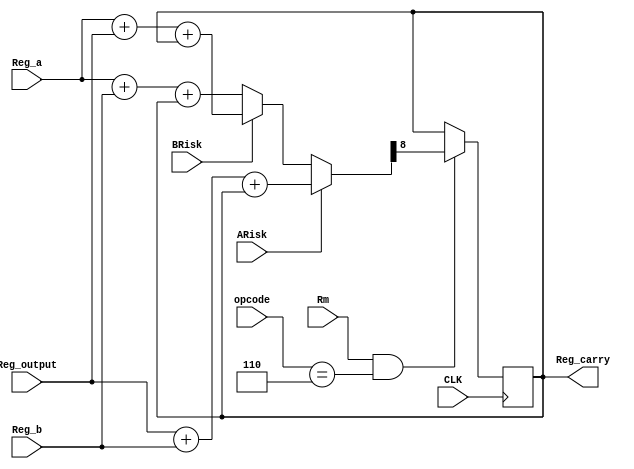
`timescale 1ns / 1ps
//////////////////////////////////////////////////////////////////////////////////
// Company: 
// Engineer: 
// 
// Design Name: 
// Module Name: Carry_Flag
// Project Name: 
// Target Devices: 
// Tool Versions: 
// Description: 
// 
// Dependencies: 
// 
// Revision:
// Revision 0.01 - File Created
// Additional Comments:
// 
//////////////////////////////////////////////////////////////////////////////////



module Carry_Flag(
    input CLK, 
    input [7:0]Reg_a, Reg_b,Reg_output,
    input ARisk,BRisk,
    input Rm,
    input [2:0]opcode,
    output reg Reg_carry
    );

    reg[7:0]C;

    always@(posedge CLK)begin
        if(Rm == 1 & opcode == 3'b110) {Reg_carry, C} <= (ARisk == 1) ? Reg_output + Reg_b + Reg_carry: (BRisk == 1) ? Reg_a + Reg_output + Reg_carry: Reg_a + Reg_b + Reg_carry;// forget to change 010 to 110 && also risks && it should be 3'b110 not 110.
        else Reg_carry<=Reg_carry;
    end

    initial
    begin
        Reg_carry = 0;
    end
endmodule